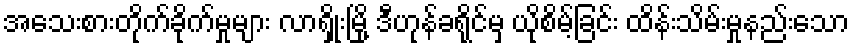
အသေးစားတိုက်ခိုက်မှုများ လာရှိုးမြို့ ဒီဟုန်ခရိုင်မှ ယိုစိမ့်ခြင်း ထိန်းသိမ်းမှုနည်းသော